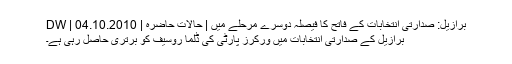
برازیل: صدارتی انتخابات کے فاتح کا فیصلہ دوسرے مرحلے میں | حالات حاضرہ | DW | 04.10.2010
برازیل کے صدارتی انتخابات میں ورکرز پارٹی کی ڈِلما روسیف کو برتری حاصل رہی ہے۔